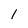
Character: l